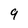
Character: 9